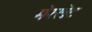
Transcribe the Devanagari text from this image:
मेरखेट